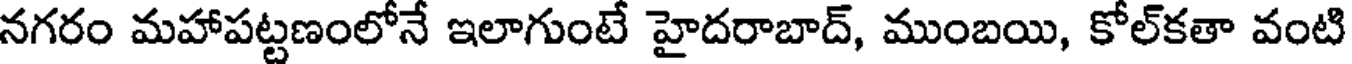
నగరం మహాపట్టణంలోనే ఇలాగుంటే హైదరాబాద్, ముంబయి, కోల్కతా వంటి